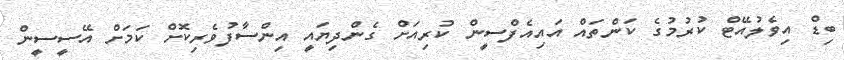
ބިޑް އިވެލުއޭޓް ކުރުމުގެ ކަންތައް އައިއެފްސީން ކުރިއަށް ގެންދިޔައީ އިންސާފުވެރިކޮށް ކަމަށް އޭސީސީން